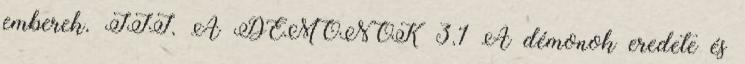
emberek. III. A DÉMONOK 3.1 A démonok eredete és